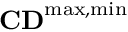
\mathbf { C D } ^ { \mathrm { { m a x , m i n } } }